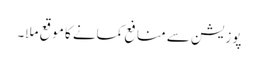
پوزیشن سے منافع کمانے کا موقع ملا۔